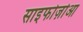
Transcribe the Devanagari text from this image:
साइफोज़ोआ